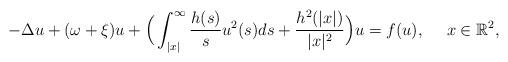
LaTeX: \begin{align*}-\Delta u+(\omega+\xi)u+\Big(\int_{|x|}^{\infty}\frac{h(s)}{s}u^{2}(s)ds+\frac{h^{2}(|x|)}{|x|^{2}}\Big)u=f(u),\ \ \ \ x\in\mathbb{R}^{2},\end{align*}